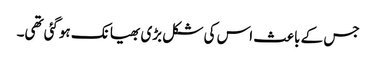
جس کے باعث اس کی شکل بڑی بھیانک ہوگئی تھی۔